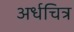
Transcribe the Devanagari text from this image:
अर्धचित्र